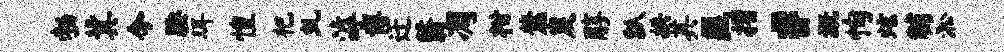
勃冀今腰珥惶杷虬滹博迁翳凋柑麓炭醇瓢拱其匪摺#溉恂炫黼淞